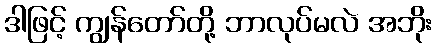
ဒါဖြင့် ကျွန်တော်တို့ ဘာလုပ်မလဲ အဘိုး